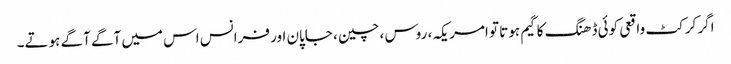
اگر کرکٹ واقعی کوئی ڈھنگ کا گیم ہوتا تو امریکہ ، روس ، چین ، جاپان اور فرانس اس میں آگے آگے ہوتے۔